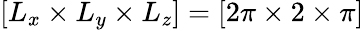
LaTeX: [L_{x}\times L_{y}\times L_{z}]=[2\pi\times 2\times\pi]